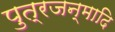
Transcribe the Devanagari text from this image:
पुत्रजन्मादि